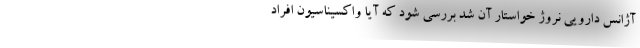
آژانس دارویی نروژ خواستار آن شد بررسی شود که آیا واکسیناسیون افراد